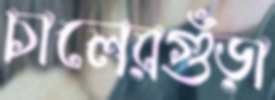
চালেরগুঁড়া